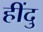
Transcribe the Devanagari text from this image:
हींदु